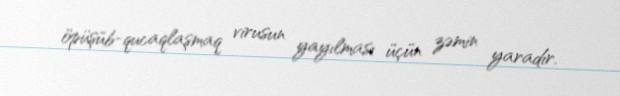
öpüşüb-qucaqlaşmaq virusun yayılması üçün zəmin yaradır.